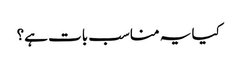
کیا یہ مناسب بات ہے؟